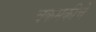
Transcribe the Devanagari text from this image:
चकमकीचे